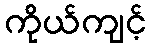
ကိုယ်ကျင့်